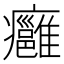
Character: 癰